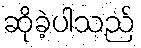
ဆိုခဲ့ပါသည်